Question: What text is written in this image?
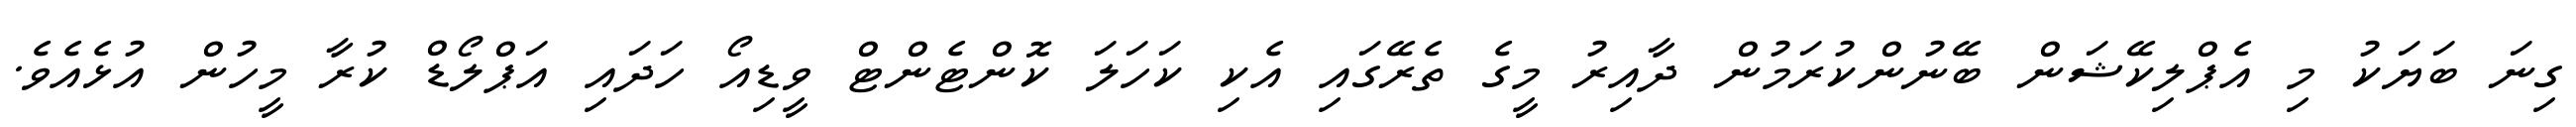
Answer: ގިނަ ބަޔަކު މި އެޕްލިކޭޝަން ބޭނުންކުރަމުން ދާއިރު މީގެ ތެރޭގައި އެކި ކަހަލަ ކޮންޓެންޓް ވީޑިއޯ ހަދައި އަޕްލޯޑް ކުރާ މީހުން އުޅެއެވެ.